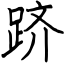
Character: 跻